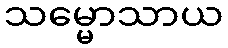
သမ္မောသာယ